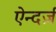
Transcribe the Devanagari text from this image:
ऐन्दर्ज़